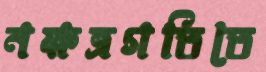
নক্ষত্রগতিতে